Annual report of the Civil Veterinary Department, Bengal, and of the Bengal Veterinary College for the year 1904-1905 - 1904-1905
Year: 1904
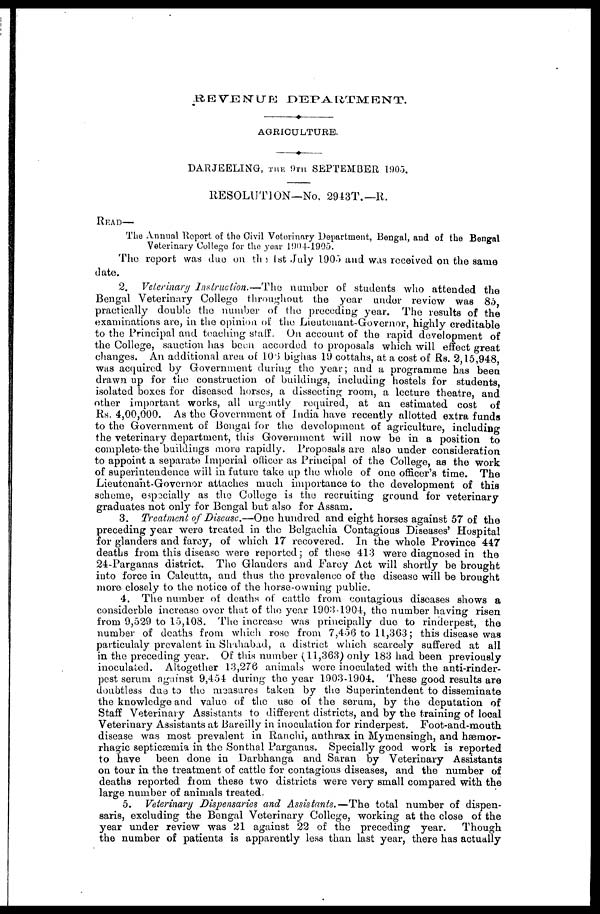
REVENUE
DEPARTMENT.
AGRICULTURE.
DARJEELING, THE 9TH SEPTEMBER 1905.
RESOLUTION—No. 2943T.—R.
READ—
The Annual Report of the Civil Veterinary Department, Bengal, and of the Bengal
Veterinary College for the year 1904-1905.
The report was due on the 1st July 1905 and was received on the same
date.
2. Veterinary Instruction.—The
number of students who attended the
Bengal Veterinary College throughout the year under review was 85
practically double the number of the preceding year. The results of the
examinations are, in the opinion of the Lieutenant-Governor, highly creditable
to the Principal and teaching staff. On account of the rapid development of
the College, sauction has been accorded to proposals which will effect great
changes. An additional area of 106 bighas 19 cottahs, at a cost of Rs. 2,15,948
was acquired by Government during the year; and a programme has been
drawn up for the construction of buildings, including hostels for students,
isolated boxes for diseased horses, a dissecting room, a lecture theatre, and
other important works, all urgently required, at an estimated cost of
Rs. 4,00,000. As the Government of India have recently allotted extra funds
to the Government of Bengal for the development of agriculture, including
the veterinary department, this Government will now be in a position to
complete-the buildings more rapidly. Proposals are also under consideration
to appoint a separate Imperial officer as Principal of the College, as the work
of superintendence will in future take up the whole of one officer's time. The
Lieutenant-Governor attaches much importance to the development of this
scheme, especially as the College is the recruiting ground for veterinary
graduates not only for Bengal but also for Assam.
3. Treatment of Discuse.—One hundred and eight horses against 57 of the
preceding year were treated in the Belgachia Contagious Diseases' Hospital
for glanders and farcy, of which 17 recovered. In the whole Province 447
deaths from this disease were reported; of these 413 were diagnosed in the
24-Parganas district. The Glanders and Farcy Act will shortly be brought
into force in Calcutta, and thus the prevalence of the disease will be brought
more closely to the notice of the horse-owning public.
4. The number of deaths of cattle from contagious diseases shows a
considerble increase over that of the year 1903-1904, the number having risen
from 9,529 to 15,108. The increase was principally due to rinderpest, the
number of deaths from which rose from 7,456 to 11,363; this disease was
particulaly prevalent in Shahabad, a district which scarcely suffered at all
in the preceding year. Of this number (11,363) only 183 had been previously
inoculated. Altogether 13,276 animals were inoculated with the anti-rinder-
pest serum against 9,454 during the year 1903-1904. These good results are
doubtless due to the measures taken by the Superintendent to disseminate
the knowledge and value of the use of the serum, by the deputation of
Staff Veterinary Assistants to different districts, and by the training of local
Veterinary Assistants at Bareilly in inoculation for rinderpest. Foot-and-mouth
disease was most prevalent in Ranchi, anthrax in Mymensingh, and hæmor-
rhagic septicæmia in the Sonthal Parganas. Specially good work is reported
to have
been done in Darbhanga and Saran by Veterinary Assistants
on tour in the treatment of cattle for contagious diseases, and the number of
deaths reported from these two districts were very small compared with the
large number of animals treated.
5. Veterinary Dispensaries and Assistants.—The
total number of dispen-
saris, excluding the Bengal Veterinary College, working at the close of the
year under review was 21 against 22 of the preceding year.
Though
the number of patients is apparently less than last year, there has actually